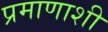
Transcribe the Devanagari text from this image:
प्रमाणाशी